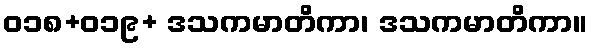
ဝ၁၈+၀၁၉+ ဒသကမာတိကာ၊ ဒသကမာတိကာ။